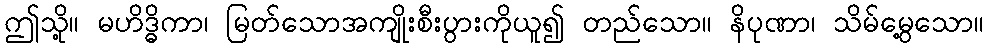
ဤသို့။ မဟိဒ္ဓိကာ၊ မြတ်သောအကျိုးစီးပွားကိုယူ၍ တည်သော။ နိပုဏာ၊ သိမ်မွေ့သော။